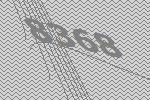
8368